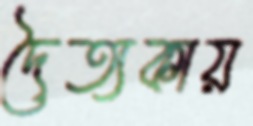
দৈত্যকায়